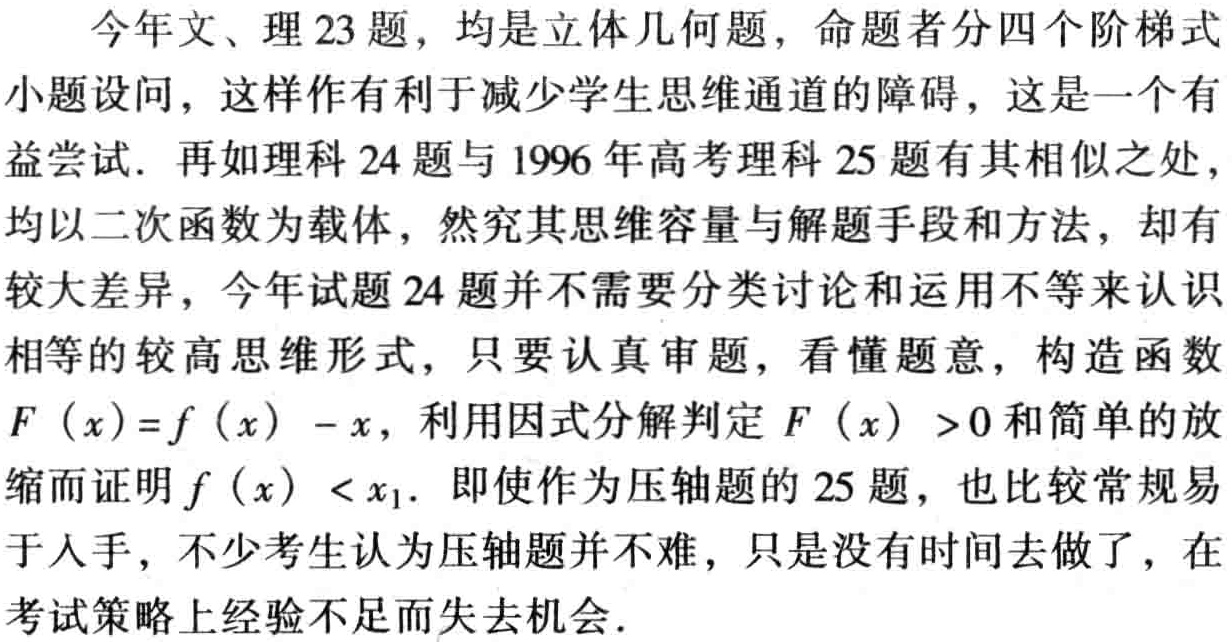
今年文、理23题，均是立体几何题，命题者分四个阶梯式

小题设问，这样作有利于减少学生思维通道的障碍，这是一个有

益尝试. 再如理科24题与1996年高考理科25题有其相似之处，

均以二次函数为载体，然究其思维容量与解题手段和方法，却有

较大差异，今年试题24题并不需要分类讨论和运用不等来认识

相等的较高思维形式，只要认真审题，看懂题意，构造函数

\(F(x)=f(x)-x\)，利用因式分解判定 \(F(x)>0\) 和简单的放

缩而证明 \(f(x)<x_{1}\). 即使作为压轴题的25题，也比较常规易

于人手，不少考生认为压轴题并不难，只是没有时间去做了，在

考试策略上经验不足而失去机会.